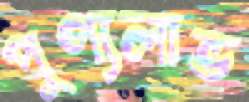
পুণ্যলাভ